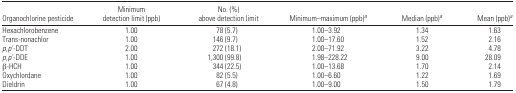
| Organochlorine pesticide | Minimum detection limit (ppb) | No. (%) above detection limit | Minimum–maximum (ppb)a | Median (ppb)a | Mean (ppb)a |
 | --- | --- | --- | --- | --- | --- |
 | Hexachlorobenzene | 1.00 | 78 (5.7) | 1.00–3.92 | 1.34 | 1.63 |
 | Transnonachlor | 1.00 | 146 (9.7) | 1.00–17.60 | 1.52 | 2.16 |
 | p,p′-DDT | 2.00 | 272 (18.1) | 2.00–71.92 | 3.22 | 4.78 |
 | p,p′-DDE | 1.00 | 1,300 (99.8) | 1.98–228.22 | 9.00 | 28.09 |
 | β-HCH | 1.00 | 344 (22.5) | 1.00–13.68 | 1.70 | 2.14 |
 | Oxychlordane | 1.00 | 82 (5.5) | 1.00–6.60 | 1.22 | 1.69 |
 | Dieldrin | 1.00 | 67 (4.8) | 1.00–9.00 | 1.50 | 1.79 |